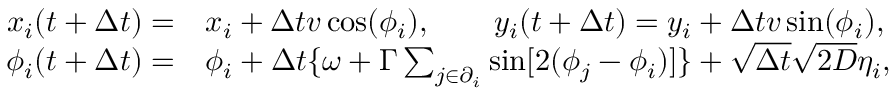
\begin{array} { r l } { x _ { i } ( t + \Delta t ) = } & { x _ { i } + \Delta t v \cos ( \phi _ { i } ) , \qquad y _ { i } ( t + \Delta t ) = y _ { i } + \Delta t v \sin ( \phi _ { i } ) , } \\ { \phi _ { i } ( t + \Delta t ) = } & { \phi _ { i } + \Delta t \{ \omega + \Gamma \sum _ { j \in \partial _ { i } } \sin [ 2 ( \phi _ { j } - \phi _ { i } ) ] \} + \sqrt { \Delta t } \sqrt { 2 D } \eta _ { i } , } \end{array}